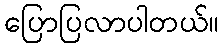
ပြောပြလာပါတယ်။